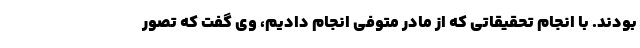
بودند. با انجام تحقیقاتی که از مادر متوفی انجام دادیم، وی گفت که تصور